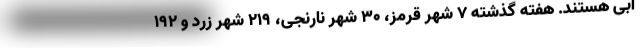
آبی هستند. هفته گذشته ۷ شهر قرمز، ۳۰ شهر نارنجی، ۲۱۹ شهر زرد و ۱۹۲